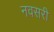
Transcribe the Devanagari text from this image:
नवसरी